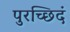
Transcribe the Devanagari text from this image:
पुरच्छिदं